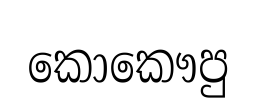
කොකෞපු